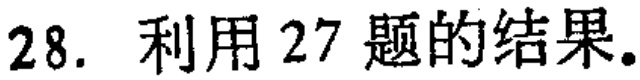
28. 利用 27 题的结果.